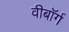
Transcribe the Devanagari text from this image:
वीबॉर्ग